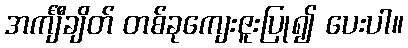
အင်္ကျီချိတ် တစ်ခုကျေးဇူးပြု၍ ပေးပါ။